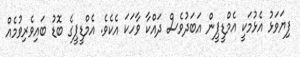
ފިޔަވަޅު އެޅުމަކީ އެމްޑީޕީން އަބަދުވެސް ދައްކާ ވާހަކަ އެކެވެ. އެމްޑީޕީގެ ބޮޑު ބައިވެރިވުމެއް